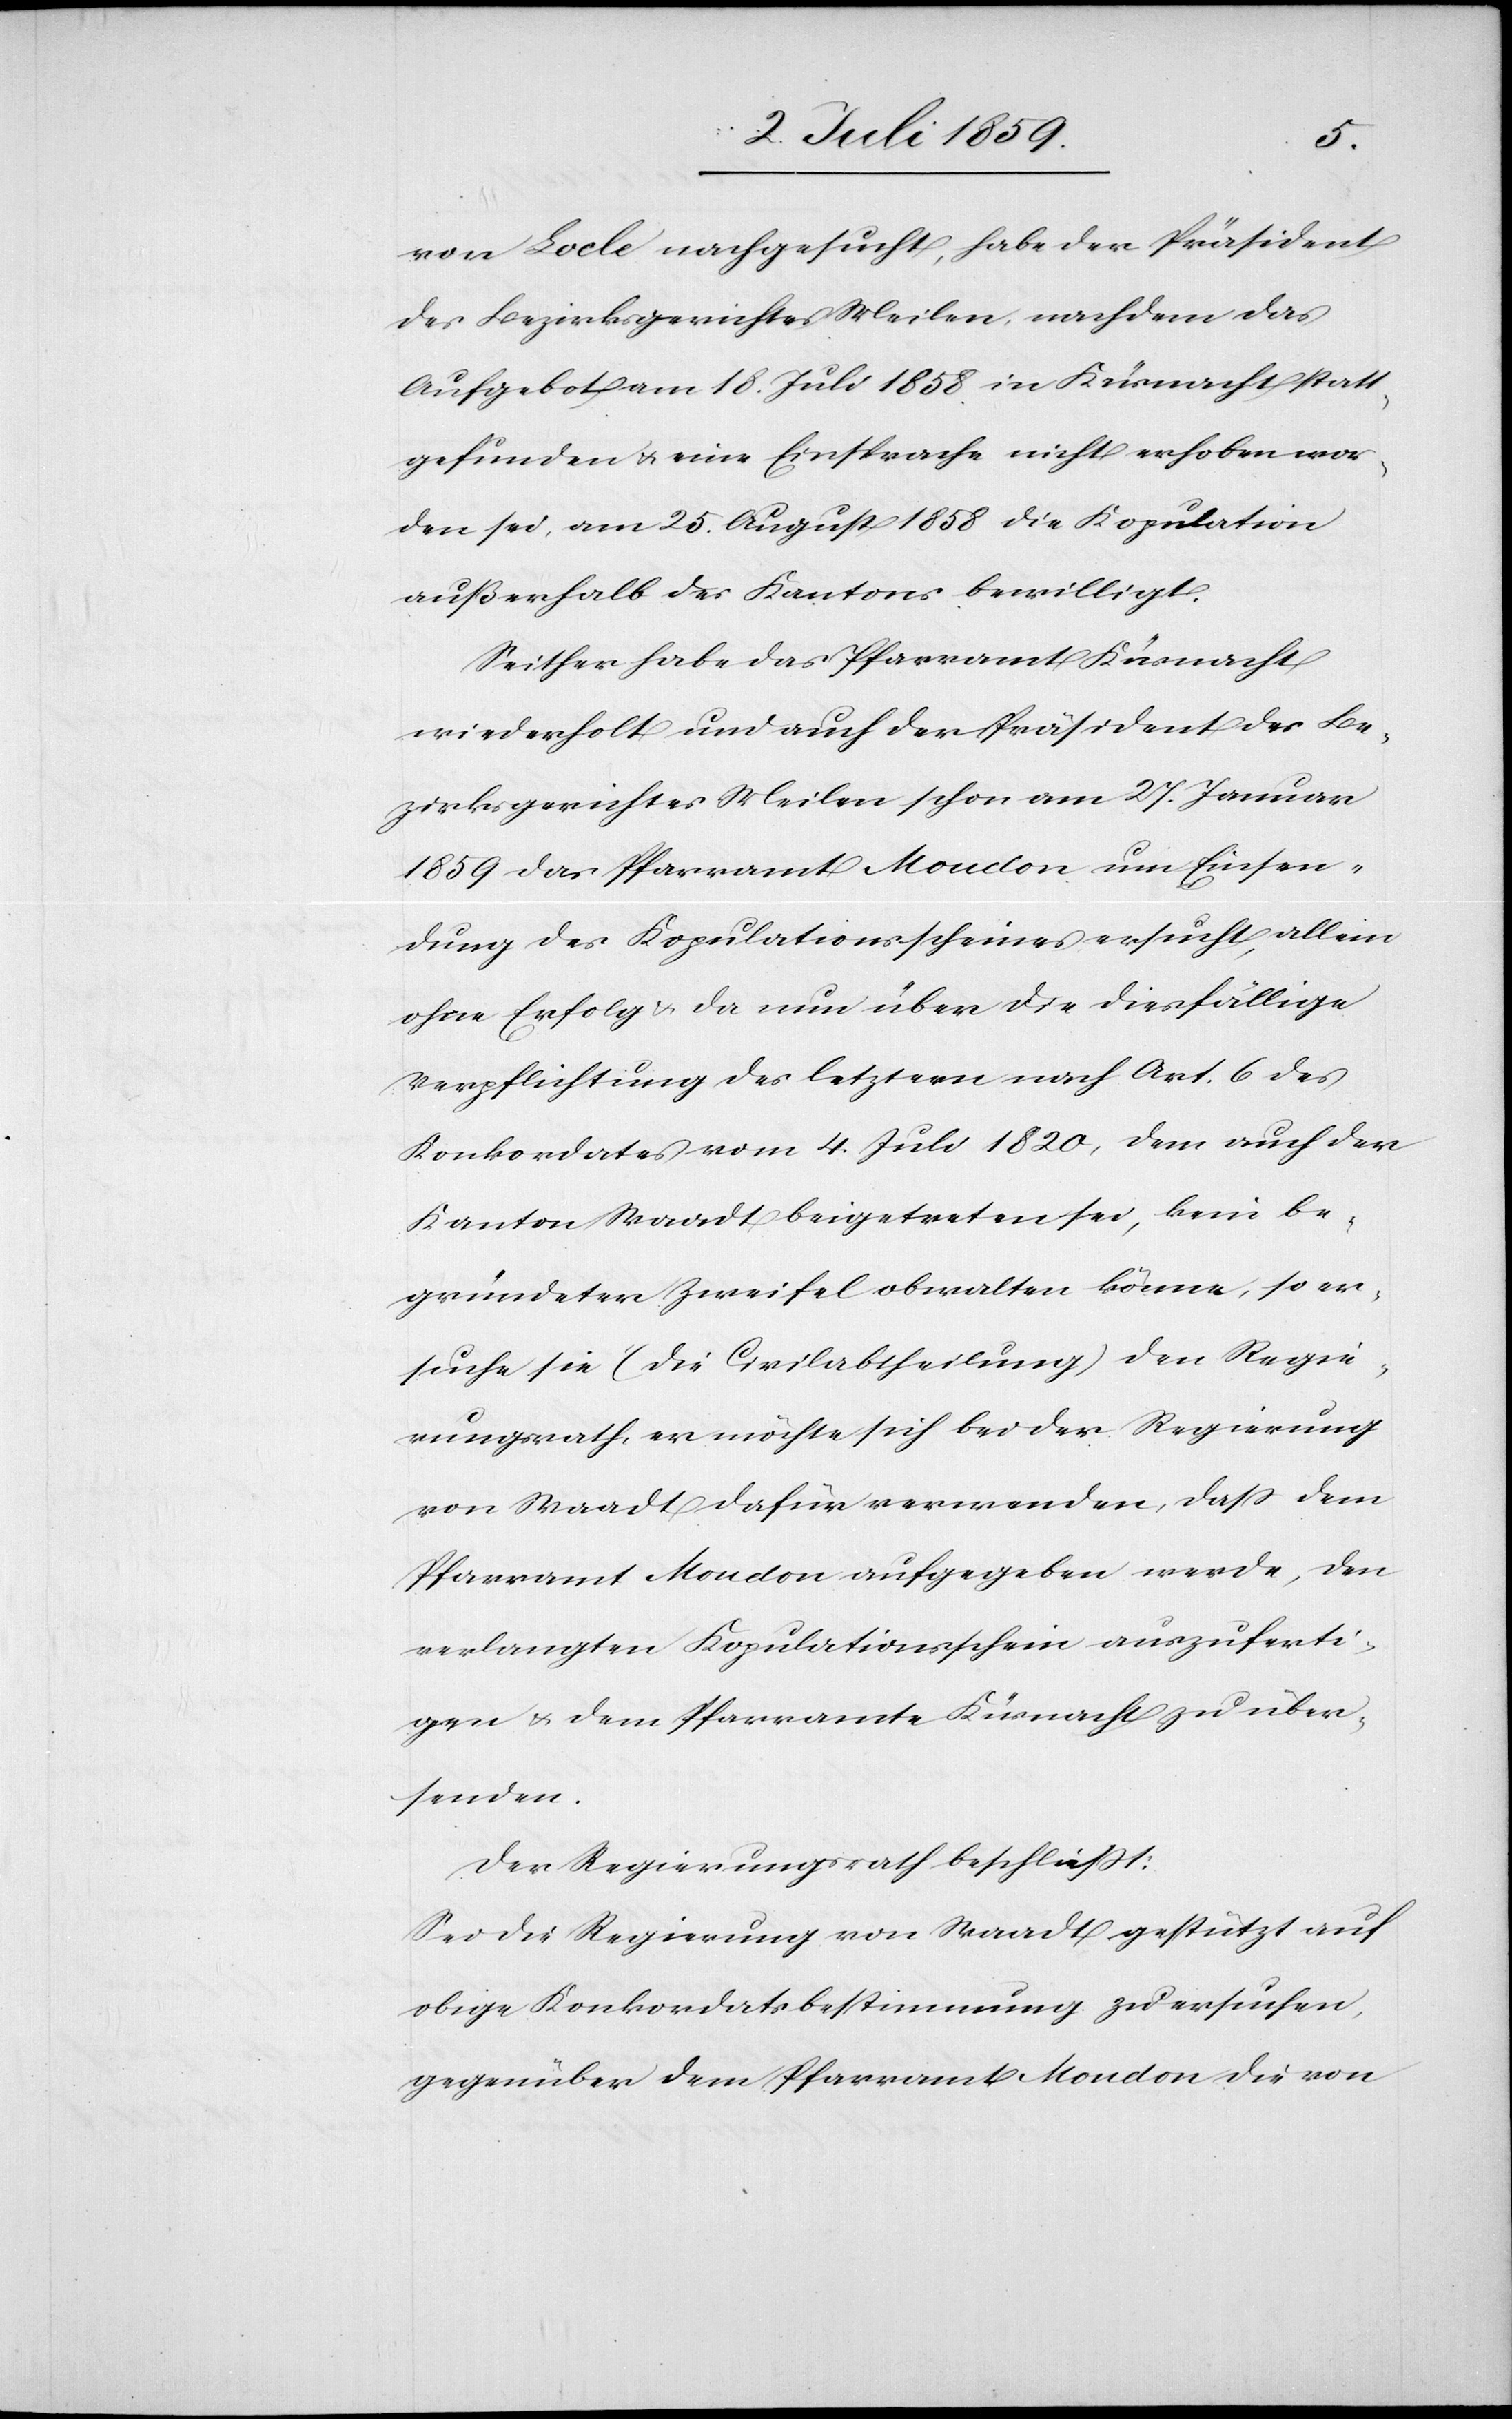
von Lode nachgesucht, habe der Präsident
des Bezirksgerichtes Meilen, nachdem das
Aufgeboth am 18. Juli 1858 in Küsnacht statt¬
gefunden u. eine Einsprache nicht erhoben wor¬
den sei, am 25. August 1858 die Kopulation
außerhalb des Kantons bewilligt.
Seither habe das Pfarramt Küsnacht
wiederholt und auch der Präsident des Be¬
zirksgerichtes Meilen schon am 27. Januar
1859 das Pfarramt Moudon um Einsen¬
dung des Kopulationsscheines ersucht, allein
ohne Erfolg u. da nun über die diesfällige
Verpflichtung des letztern nach Art. 6 des
Konkordates vom 4. Juli 1820, dem auch der
Kanton Waadt beigetreten sei, kein be¬
gründeter Zweifel obwalten könne, so er¬
suche sie (die Civilabtheilung) den Regie¬
rungsrath er möchte sich bei der Regierung
von Waadt dafür verwenden, dass dem
Pfarramt Moudon aufgegeben werde, den
verlangten Kopulationsschein auszuferti¬
gen u. dem Pfarramte Küsnacht zu über¬
senden.
Der Regierungsrath beschliesst:
Sei die Regierung von Waadt gestützt auf
obige Konkordatsbestimmung zu ersuchen,
gegenüber dem Pfarramte Moudon die von